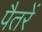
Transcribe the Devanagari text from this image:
पैतरें